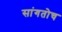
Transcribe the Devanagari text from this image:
सांगतोच